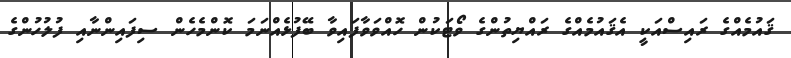
ޤައުމެއްގެ ރައިސްއަކީ އެޤައުމެއްގެ ރައްޔިތުންގެ ވޯޓަކުން ހޮއްވަވާފައިވާ ބޭފުޅެއްނަމަ ކޮންމެހެން ސިފައިންނާއި ފުލުހުންގެ